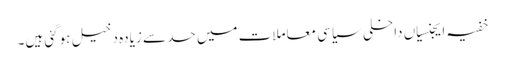
خفیہ ایجنسیاں داخلی سیاسی معاملات میں حد سے زیادہ دخیل ہوگئی ہیں۔